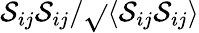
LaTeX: \mathcal{S}_{ij}\mathcal{S}_{ij}/\sqrt{}{{\langle\mathcal{S}_{ij}\mathcal{S}_{ij}\rangle}}